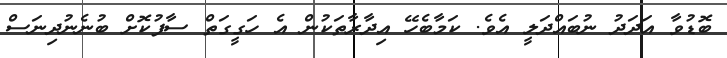
ބޮޑުވާ އަދަދު ނުބައްދަލީ އެވެ. ކަމާބެހޭ އިދާރާތަކުން އެ ހަގީގަތް ސާފުކޮށް ބުނެނުދިނަސް